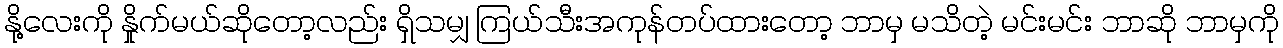
နို့လေးကို နှိုက်မယ်ဆိုတော့လည်း ရှိသမျှ ကြယ်သီးအကုန်တပ်ထားတော့ ဘာမှ မသိတဲ့ မင်းမင်း ဘာဆို ဘာမှကို